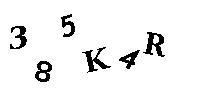
385K4R